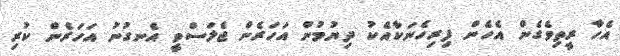
އެހާ ރީތިވެގެން އެހެން ފިރިހެނަކާއެކު ދިޔުމުން އަހަރެން ޖެލަސްވީ އެނގުނު އަހަރެން ކުރި